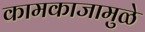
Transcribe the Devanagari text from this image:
कामकाजामुळे